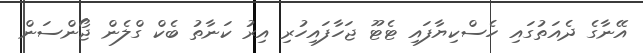
އޭނާގެ ދެއަތުގައި ހެެސްކިޔާފައި ޓެޓޫ ޖަހާފައިހުރި އިރު ކަނާތު ބެކް ގްލެން ޖޯންސަން